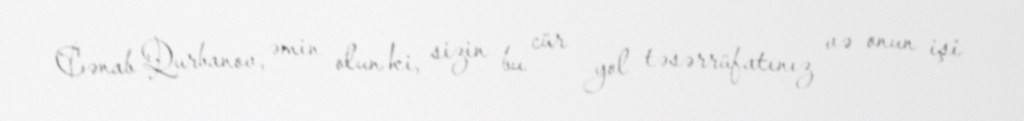
Cənab Qurbanov, əmin olun ki, sizin bu cür yol təsərrüfatınız və onun işi